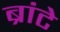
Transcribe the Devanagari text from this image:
ब्रांटे